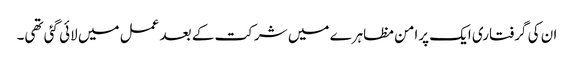
ان کی گرفتاری ایک پرامن مظاہرے میں شرکت کے بعد عمل میں لائی گئی تھی۔